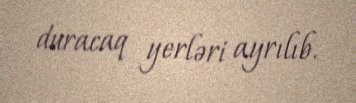
duracaq yerləri ayrılıb.